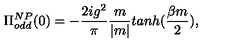
\Pi _ { o d d } ^ { N P } ( 0 ) = - \frac { 2 i g ^ { 2 } } { \pi } \frac { m } { | m | } t a n h ( \frac { \beta m } { 2 } ) ,